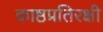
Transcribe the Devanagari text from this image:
काष्ठप्रतिरक्षी